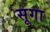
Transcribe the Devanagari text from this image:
सूगा